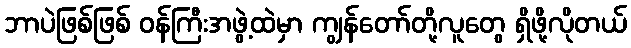
ဘာပဲဖြစ်ဖြစ် ဝန်ကြီးအဖွဲ့ထဲမှာ ကျွန်တော်တို့လူတွေ ရှိဖို့လိုတယ်